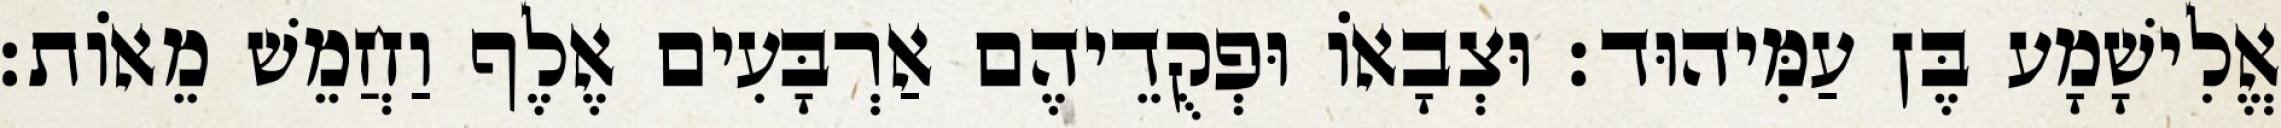
אֱלִישָׁמָע בֶּן עַמִּיהוּד׃ וּצְבָאוֹ וּפְקֻדֵיהֶם אַרְבָּעִים אֶלֶף וַחֲמֵשׁ מֵאוֹת׃